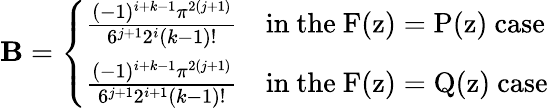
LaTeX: \mathbf{B}=\left\{ \begin{array}{ll}{\frac{(-1)^{i+k-1}\pi^{2(j+1)}}{6^{j+1}2^{i}(k-1)!}}&{\mathrm{in~the~F(z)=P(z)~case}}\\ {\frac{(-1)^{i+k-1}\pi^{2(j+1)}}{6^{j+1}2^{i+1}(k-1)!}}&{\mathrm{in~the~F(z)=Q(z)~case}}\end{array}\right.